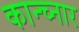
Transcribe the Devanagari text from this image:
कान्च्नार